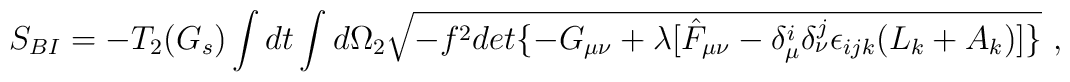
S_{BI}=-T_2(G_s)\int dt\int d\Omega_2  \sqrt{-f^2det\{ -G_{\mu\nu} + \lambda[ \hat F _{\mu\nu}-\delta_\mu^i\delta_\nu^j\epsilon_{ijk}(L_k+A_k)]\} }\ ,